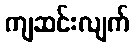
ကျဆင်းလျက်